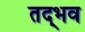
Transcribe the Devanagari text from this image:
तद्‍भव